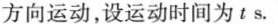
方向运动，设运动时间为ts。